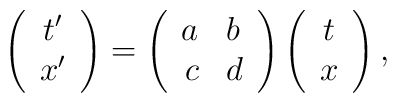
\left( \begin{array}{c}          t' \\ x'          \end{array} \right) = \left( \begin{array}{rl}           a  & b \\ c & d         \end{array} \right)  \left( \begin{array}{c}          t \\ x              \end{array} \right),